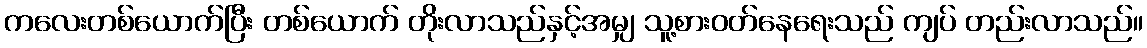
ကလေးတစ်ယောက်ပြီး တစ်ယောက် တိုးလာသည်နှင့်အမျှ သူ့စားဝတ်နေရေးသည် ကျပ် တည်းလာသည်။